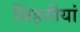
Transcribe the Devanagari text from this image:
सिंहनीयां